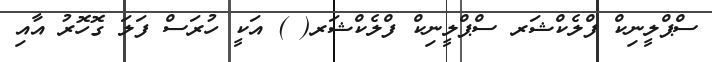
ސްޕްލީނިކް ފްލެކްޝަރ ސްޕްލީނިކް ފްލެކްޝަރ( ) އަކީ ހުރަސް ފަލަ ގޮހޮރު އާއި